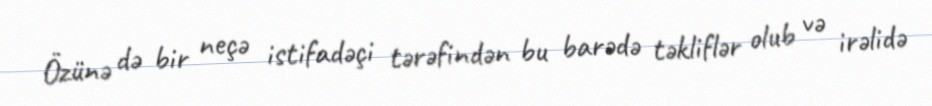
Özünə də bir neçə istifadəçi tərəfindən bu barədə təkliflər olub və irəlidə